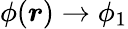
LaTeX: \phi({\boldsymbol r})\to\phi_{1}